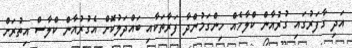
އަދި ގާފަރުގައި ގުރުއާން ކްލާހެއް ހިންގަމުންދާ ފަރާތަކާއި ބައްދަލުކޮށް އެގުރުއާން ކްލާސް އިތުރަށް